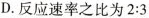
D.反应速率之比为$$2:3$$